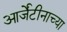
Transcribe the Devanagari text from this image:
आर्जेंटीनाच्या